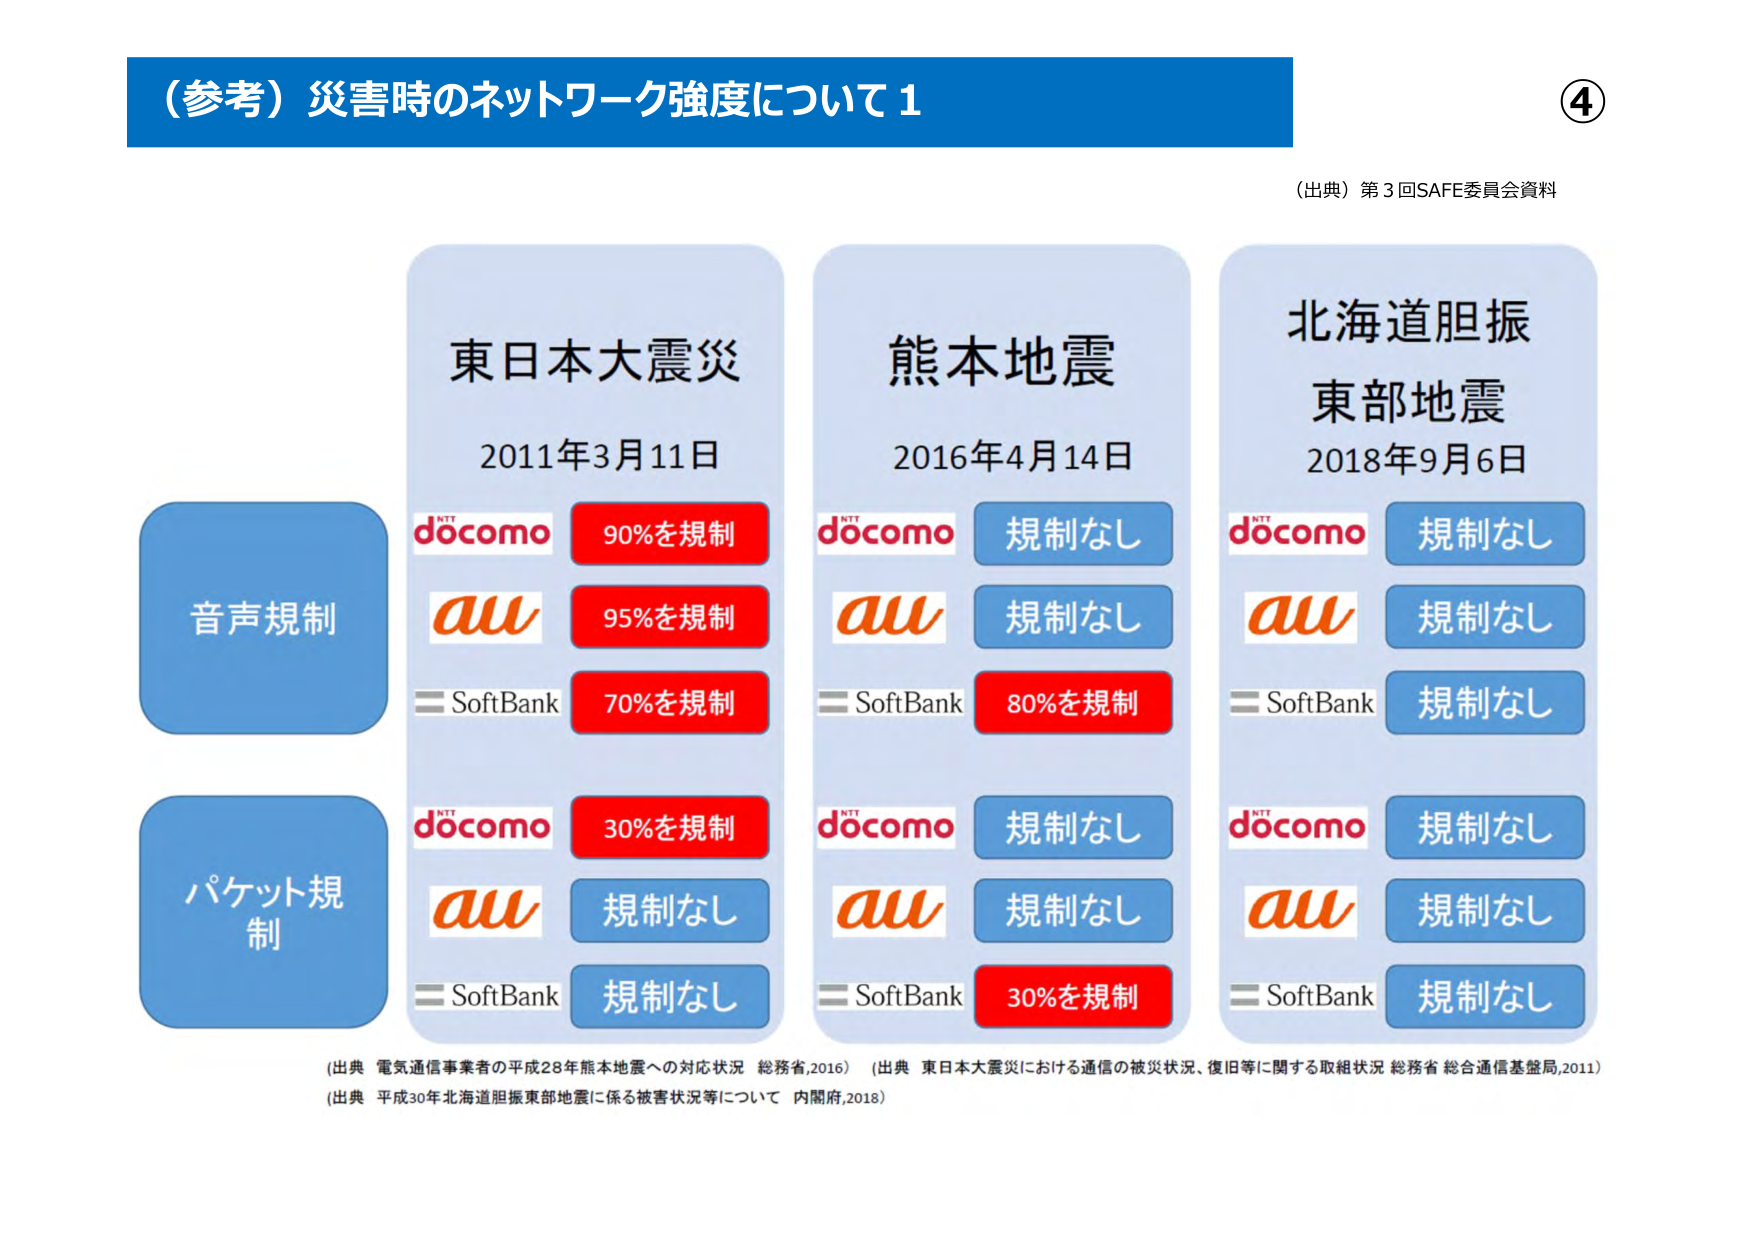
（参考）災害時のネットワーク強度について1

④

（出典）第3回SAFE委員会資料

音声規制

東日本大震災
2011年3月11日
docomo 90%を規制
au 95%を規制
SoftBank 70%を規制

熊本地震
2016年4月14日
docomo 規制なし
au 規制なし
SoftBank 80%を規制

北海道胆振東部地震
2018年9月6日
docomo 規制なし
au 規制なし
SoftBank 規制なし

パケット規制

docomo 30%を規制
au 規制なし
SoftBank 規制なし

docomo 規制なし
au 規制なし
SoftBank 30%を規制

docomo 規制なし
au 規制なし
SoftBank 規制なし

（出典 電気通信事業者の平成28年熊本地震への対応状況 総務省,2016）（出典 東日本大震災における通信の被災状況、復旧等に関する取組状況 総務省 総合通信基盤局,2011）
（出典 平成30年北海道胆振東部地震に係る被害状況等について 内閣府,2018）